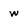
Character: w